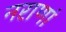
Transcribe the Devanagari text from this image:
नराणां